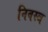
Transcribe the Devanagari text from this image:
निवस्त्र